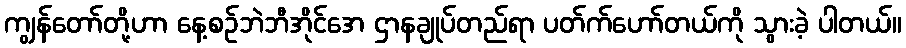
ကျွန်တော်တို့ဟာ နေ့စဉ်ဘဲဘီအိုင်အေ ဌာနချုပ်တည်ရာ ပတ်က်ဟော်တယ်ကို သွားခဲ့ ပါတယ်။